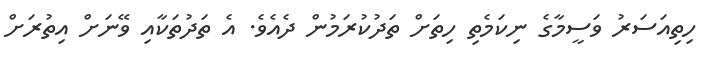
ހިތިއަސަރު ވަސީމާގެ ނިކަމެތި ހިތަށް ތަދުކުރަމުން ދެއެވެ. އެ ތަދުތަކާއި ވޭނަށް އިތުރަށް